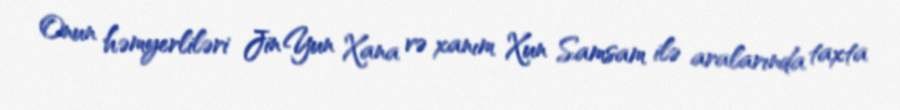
Onun həmyerliləri Jin Yun Xana və xanım Xun Samsam ilə aralarında taxta